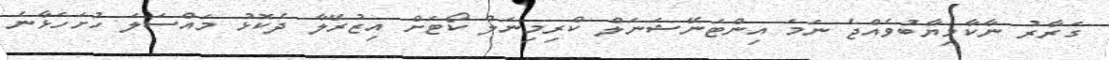
ގަރާރު ނާކާމިޔާބުވެއްޖެ ނަމަ އިންޓަނޭޝަނަލް ކްރިމިނަލް ކޯޓަށް އިޒުރޭލާ ދެކޮޅު މައްސަލަ ހުށަހަޅާނެ